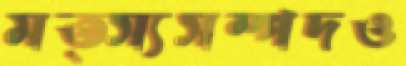
মত্স্যসম্পদও